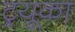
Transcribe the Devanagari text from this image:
ट्रयूका